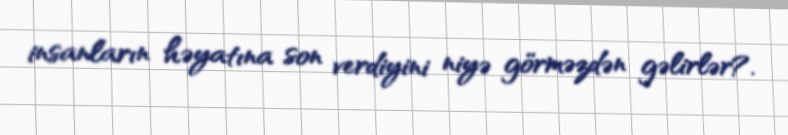
insanların həyatına son verdiyini niyə görməzdən gəlirlər?.